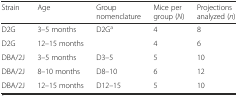
<table><thead><tr><td><b>Strain</b></td><td><b>Age</b></td><td><b>Group nomenclature</b></td><td><b>Mice per group (<i>N</i>)</b></td><td><b>Projections analyzed (<i>n</i>)</b></td></tr></thead><tbody><tr><td>D2G</td><td>3–5 months</td><td rowspan="2">D2G<sup>a</sup></td><td>4</td><td>8</td></tr><tr><td>D2G</td><td>12–15 months</td><td>4</td><td>6</td></tr><tr><td>DBA/2J</td><td>3–5 months</td><td>D3–5</td><td>5</td><td>10</td></tr><tr><td>DBA/2J</td><td>8–10 months</td><td>D8–10</td><td>6</td><td>12</td></tr><tr><td>DBA/2J</td><td>12–15 months</td><td>D12–15</td><td>5</td><td>10</td></tr></tbody></table>